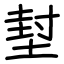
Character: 堼